Report of the Hyderabad Chloroform Commission
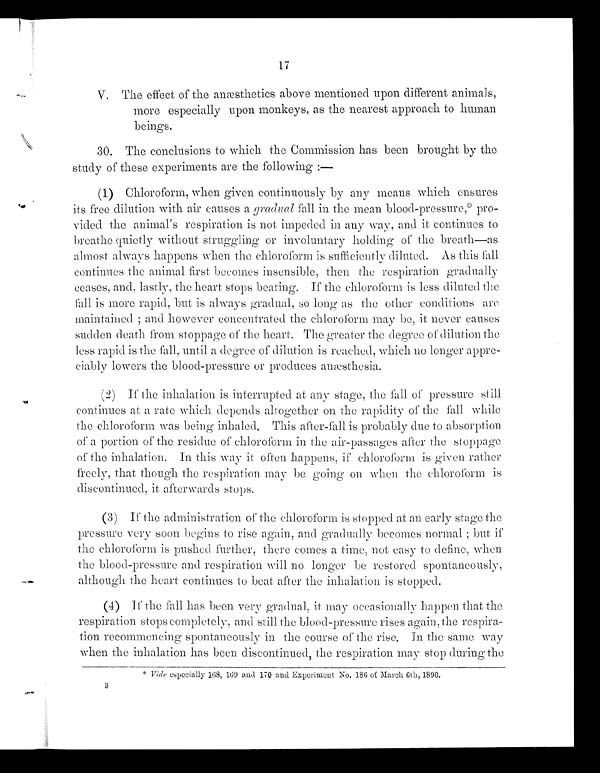
17
1 7
V. The effect of the anæsthetics above mentioned upon different animals,
more especially upon monkeys, as the nearest approach to human
beings.
30. The conclusions to which the Commission has been brought by the
study of these experiments are the following :—
(1) Chloroform, when given continuously by any means which ensures
its free dilution with air causes a gradual fall in the mean blood-pressure,* pro-
vided the animal's respiration is not impeded in any way, and it continues to
breathe quietly without struggling or involuntary holding of the breath—as
almost always happens when the chloroform is sufficiently diluted. As this fall
continues the animal first becomes insensible, then the respiration gradually
ceases, and, lastly, the heart stops beating. If the chloroform is less diluted the
fall is more rapid, but is always gradual, so long as the other conditions are
maintained ; and however concentrated the chloroform may be, it never causes
sudden death from stoppage of the heart. The greater the degree of dilution the
less rapid is the fall, until a degree of dilution is reached, which no longer appre-
ciably lowers the blood-pressure or produces anæsthesia.
(2) If the inhalation is interrupted at any stage, the fall of pressure still
continues at a rate which depends altogether on the rapidity of the fall while
the chloroform was being inhaled. This after-fall is probably due to absorption
of a portion of the residue of chloroform in the air-passages after the stoppage,
of the inhalation. In this way it often happens, if chloroform is given rather
freely, that though the respiration may be going on when the chloroform is
discontinued, it afterwards stops.
(3) If the administration of the chloroform is stopped at an early stage the
pressure very soon begins to rise again, and gradually becomes normal ; but if
the chloroform is pushed further, there comes a time, not easy to define, when
the blood-pressure and respiration will no longer be restored spontaneously,
although the heart continues to beat after the inhalation is stopped.
(4) If the fall has been very gradual, it may occasionally happen that the
respiration stops completely, and still the blood-pressure rises again, the respira-
tion recommencing spontaneously in the course of the rise. In the same way
when the inhalation has been discontinued, the respiration may stop during the
* Vide especially 168, 169 and 170 and Experiment No. 186 of March 6th, 1890.
3